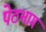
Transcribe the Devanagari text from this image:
पेठभाग